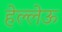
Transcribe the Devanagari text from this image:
हेल्लेऊ